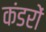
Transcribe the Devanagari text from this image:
कंडरों